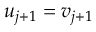
u _ { j + 1 } = v _ { j + 1 }